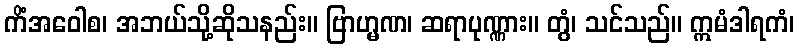
ကိံအဝေါစ၊ အဘယ်သို့ဆိုသနည်း။ ဗြာဟ္မဏ၊ ဆရာပုဏ္ဏား။ တွံ၊ သင်သည်။ ဣမံဒါရကံ၊